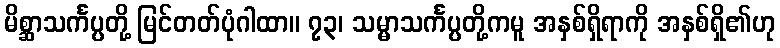
မိစ္ဆာသင်္ကပ္ပတို့ မြင်တတ်ပုံဂါထာ။ ၇၃၊ သမ္မာသင်္ကပ္ပတို့ကမူ အနှစ်ရှိရာကို အနှစ်ရှိ၏ဟု